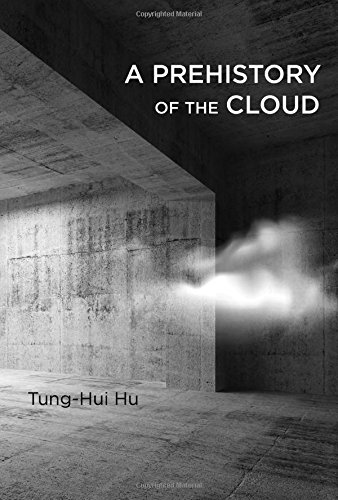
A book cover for A Prehistory of the Cloud; Tung-Hui Hu; Computers & Technology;